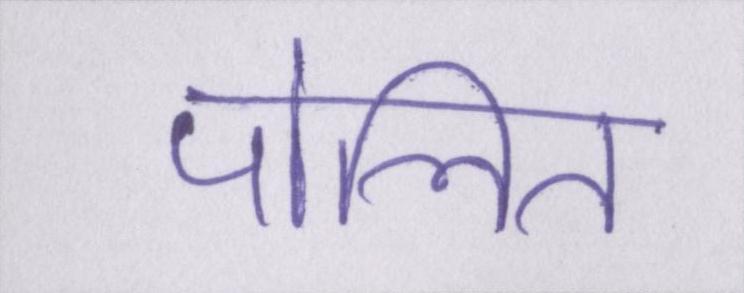
पोलित